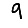
Digit: 9